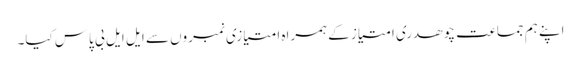
اپنے ہم جماعت چوھدری امتیاز کے ہمراه امتیازی نمبروں سے ایل ایل بی پاس کیا۔